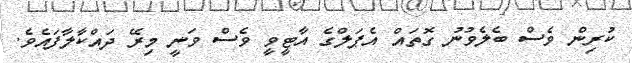
ކުރިން ވެސް ބެލެވުނު ގޮތައް އެޕަލްގެ އާޓީވީ ވެސް ވަނީ މިރޭ ދައްކާލާފައެވެ.